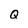
Character: Q